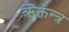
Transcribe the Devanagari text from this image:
ऋक्तन्त्र